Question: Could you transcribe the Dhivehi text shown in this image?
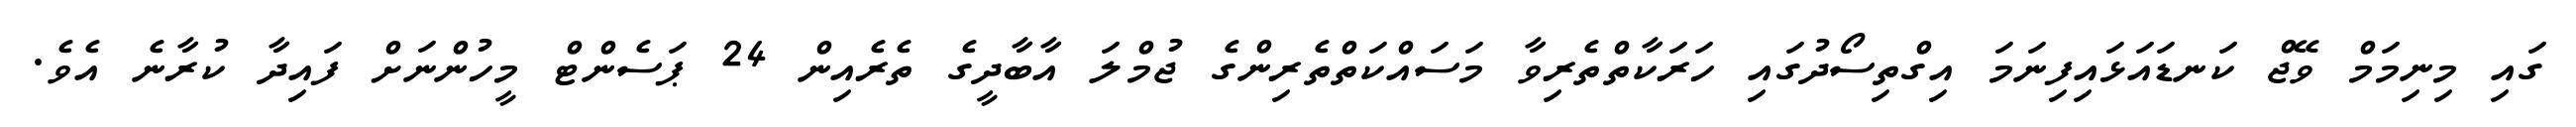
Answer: ގައި މިނިމަމް ވޭޖް ކަނޑައަޅައިފިނަމަ އިގްތިސޯދުގައި ހަރަކާތްތެރިވާ މަސައްކަތްތެރިންގެ ޖުމްލަ އާބާދީގެ ތެރެއިން 24 ޕަސެންޓް މީހުންނަށް ފައިދާ ކުރާނެ އެވެ.